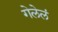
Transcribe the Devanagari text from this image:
गेलेलं